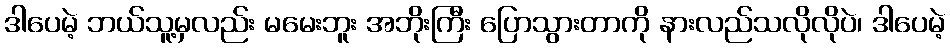
ဒါပေမဲ့ ဘယ်သူ့မှလည်း မမေးဘူး အဘိုးကြီး ပြောသွားတာကို နားလည်သလိုလိုပဲ၊ ဒါပေမဲ့